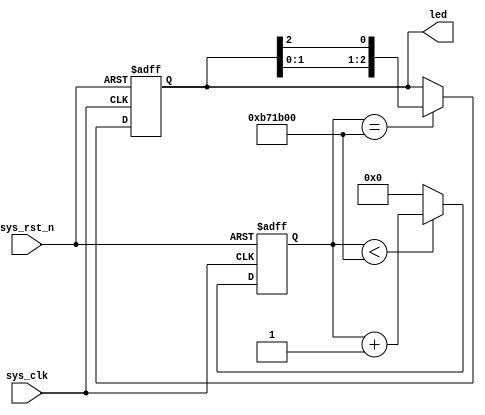
module led (
    input sys_clk,
    input sys_rst_n,
    output reg [2:0] led // 110 B, 101 R, 011 G
);

reg [23:0] counter;

always @(posedge sys_clk or negedge sys_rst_n) begin
    if (!sys_rst_n)
        counter <= 24'd0;
    else if (counter < 24'd1200_0000)       // 0.5s delay
        counter <= counter + 1;
    else
        counter <= 24'd0;
end

always @(posedge sys_clk or negedge sys_rst_n) begin
    if (!sys_rst_n)
        led <= 3'b110;
    else if (counter == 24'd1200_0000)       // 0.5s delay
        led[2:0] <= {led[1:0],led[2]};
    else
        led <= led;
end

endmodule